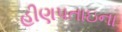
હીણપતાઇના